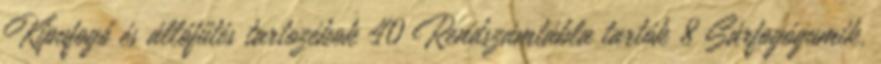
Kipufogó és állófűtés tartozékok 40 Rendszámtábla tartók 8 Sárfogógumik,